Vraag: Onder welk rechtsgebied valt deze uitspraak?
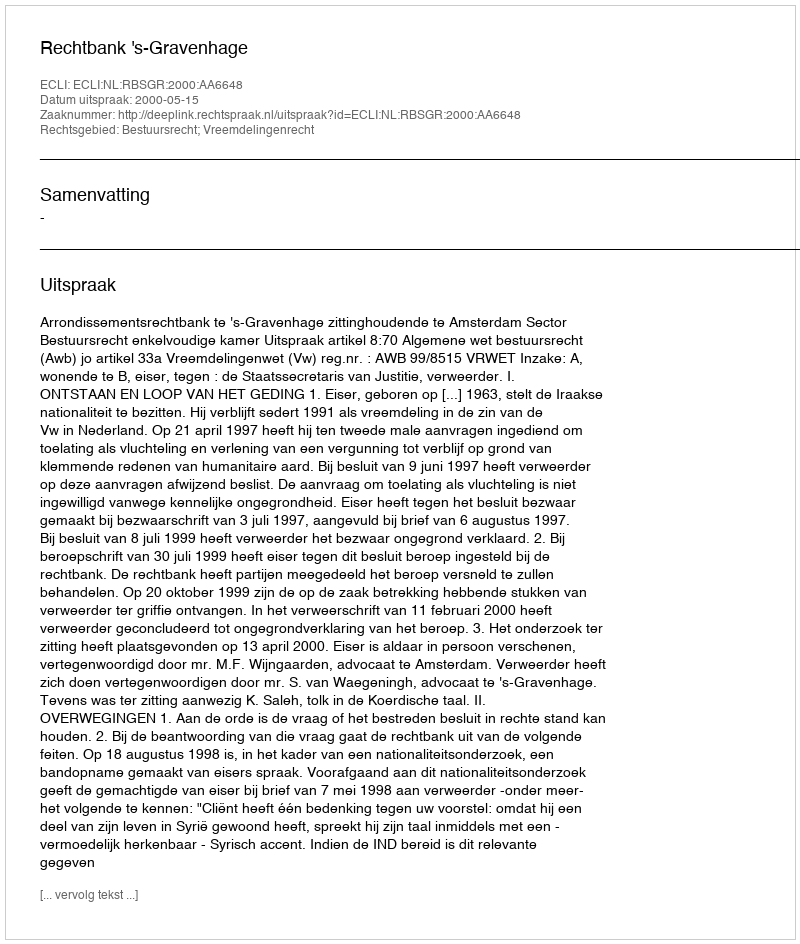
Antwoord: Bestuursrecht; Vreemdelingenrecht